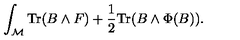
\int _ { \cal M } \mathrm { T r } ( B \wedge F ) + { \frac { 1 } { 2 } } \mathrm { T r } ( B \wedge \Phi ( B ) ) .